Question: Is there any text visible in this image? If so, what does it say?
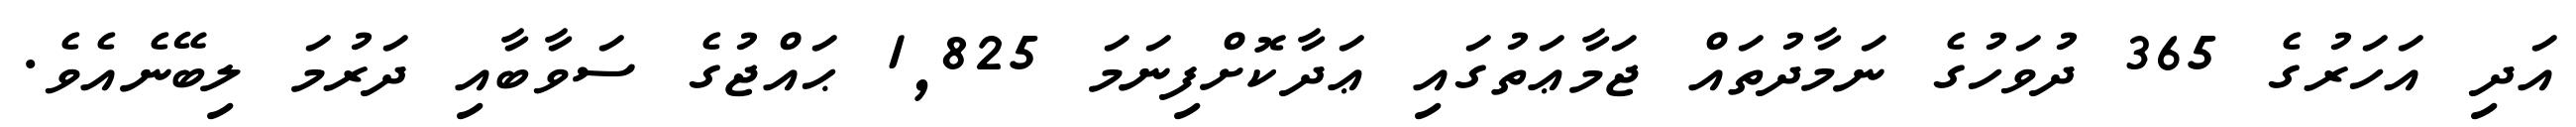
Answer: އަދި އަހަރުގެ 365 ދުވަހުގެ ނަމާދުތައް ޖަމާޢަތުގައި ޢަދާކޮށްފިނަމަ 1,825 ޙައްޖުގެ ސަވާބާއި ދަރުމަ ލިބޭނެއެވެ.